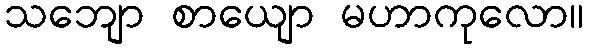
သဘျော စာယျော မဟာကုလော။